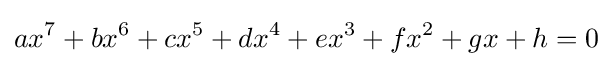
ax^{7}+bx^{6}+cx^{5}+dx^{4}+ex^{3}+fx^{2}+gx+h=0